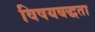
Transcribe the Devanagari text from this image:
विषयबद्धता